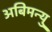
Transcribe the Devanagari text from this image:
अबिमन्यु